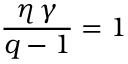
\frac { \eta \, \gamma } { q - 1 } = 1